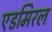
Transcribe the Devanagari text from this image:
एडमिरल